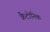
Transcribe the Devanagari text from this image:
क्रैटोनिक